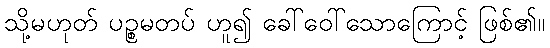
သို့မဟုတ် ပဉ္စမတပ် ဟူ၍ ခေါ်ဝေါ်သောကြောင့် ဖြစ်၏။